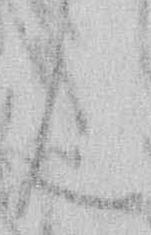
ん